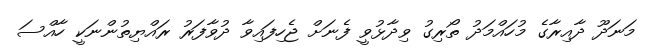
މަނަދޫ ދާއިރާގެ މުހައްމަދު ތޯރިގު ވިދާޅުވީ ފެނަށް ޖެހިފައިވާ ދުވާފަރު ރައްޔިތުންނަކީ ހާއްސަ